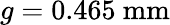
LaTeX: g=0.465~\mathrm{mm}